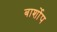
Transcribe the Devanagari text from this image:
बार्शोप